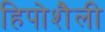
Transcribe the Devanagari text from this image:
हिपोशैली